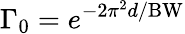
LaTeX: \Gamma_{0}=e^{{-2\pi^{2}d}/\mathrm{BW}}